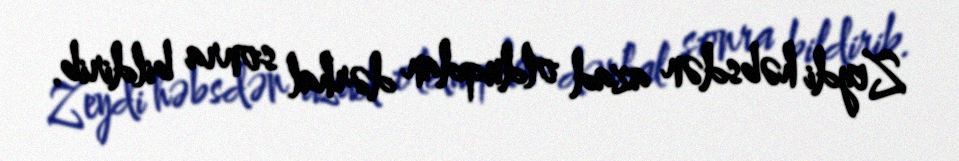
Zeydi həbsdən azad olduqdan dərhal sonra bildirib.